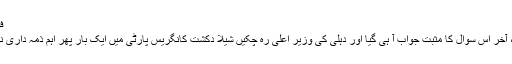
فوٹو : پرکاش سنگھ
شیلا دکشت دوبار، آخر اس سوال کا مثبت جواب آ ہی گیا اور دہلی کی وزیر اعلیٰ رہ چکیں شیلا دکشت کانگریس پارٹی میں ایک بار پھر اہم ذمہ داری نبھانے کو تیار ہیں۔